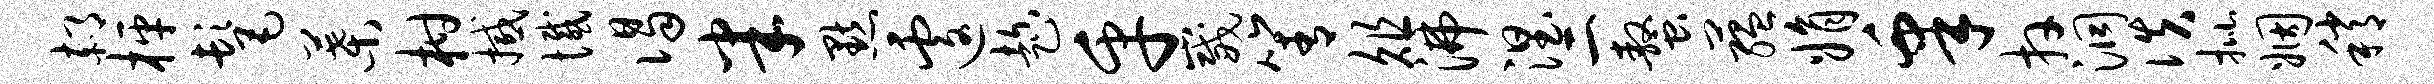
郝枰髦叶柑撼憾谒半默遽趁乎崴箐俎沸涅二螯蕴娟皋卉洞佚批姻稍